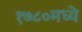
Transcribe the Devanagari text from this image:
१७८०मध्ये